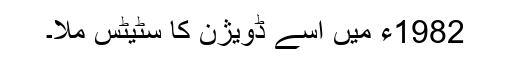
1982ء میں اِسے ڈویژن کا سٹیٹس ملا۔